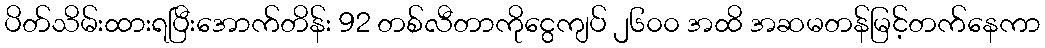
ပိတ်သိမ်းထားရပြီးအောက်တိန်း 92 တစ်လီတာကိုငွေကျပ် ၂၆၀၀ အထိ အဆမတန်မြင့်တက်နေကာ